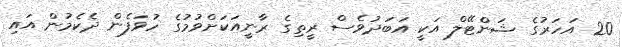
20 އަހަރުގެ ޝަންޓޭލް އަކީ އަބަދުވެސް ރީތިގެ ރާނީއަކަށްވުމުގެ ހުވަފެން ދެކެމުން އައި